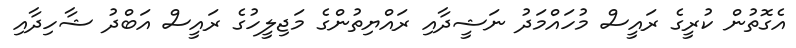
އެގޮތުން ކުރީގެ ރައީސް މުހައްމަދު ނަޝީދާއި ރައްޔިތުންގެ މަޖިލީހުގެ ރައީސް އަބްދު ޝާހިދާއި